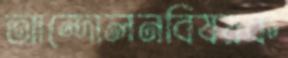
আন্দোলনবিষয়ক